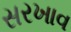
સરખાવ